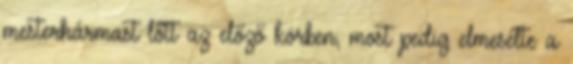
mesterhármast lőtt az előző körben, most pedig elmesélte a